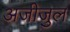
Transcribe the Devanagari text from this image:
अजीजुल